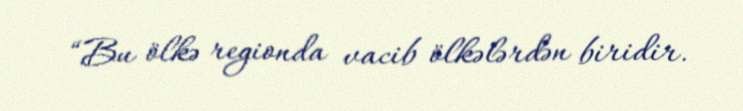
“Bu ölkə regionda vacib ölkələrdən biridir.